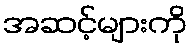
အဆင့်များကို